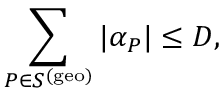
\sum _ { P \in S ^ { \mathrm { ( g e o ) } } } | \alpha _ { P } | \leq D ,